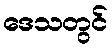
ဒေသတွင်